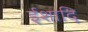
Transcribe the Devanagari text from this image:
ईशादि